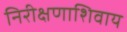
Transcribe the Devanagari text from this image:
निरीक्षणाशिवाय